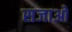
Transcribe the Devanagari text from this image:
सजाओ